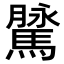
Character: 𩥔